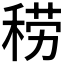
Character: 𱶐